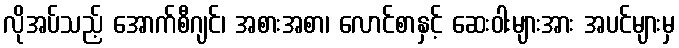
လိုအပ်သည့် အောက်စီဂျင်၊ အစားအစာ၊ လောင်စာနှင့် ဆေးဝါးများအား အပင်များမှ